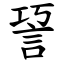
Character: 䛒